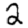
Digit: 2